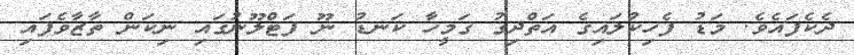
ދެކެފައެވެ. މަޑު ފެހިކުލައިގެ އަތްދިގު ގަމީހާ ކަނޑު ނޫ ފަޓްލޫނުގައި ނިކަން ތާޒާވެފައި